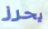
يحرز